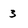
Character: 3